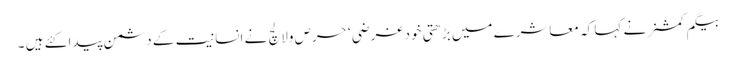
بیگم کمشنر نے کہا کہ معاشرے میں بڑھتی خود غرضی ‘ حرص ولالچ نے انسانیت کے دشمن پیدا کئے ہیں ۔